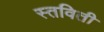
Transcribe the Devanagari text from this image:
स्तविती